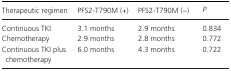
| Therapeutic regimen | PFS2‐T790M (+) | PFS2‐T790M (−) | P |
 | --- | --- | --- | --- |
 | Continuous TKI | 3.1 months | 2.9 months | 0.834 |
 | Chemotherapy | 2.9 months | 2.8 months | 0.772 |
 | Continuous TKI plus chemotherapy | 6.0 months | 4.3 months | 0.722 |